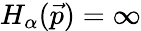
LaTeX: H_{\alpha}(\vec{p})=\infty